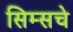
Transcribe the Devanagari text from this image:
सिम्सचे